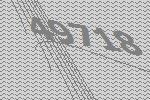
49718